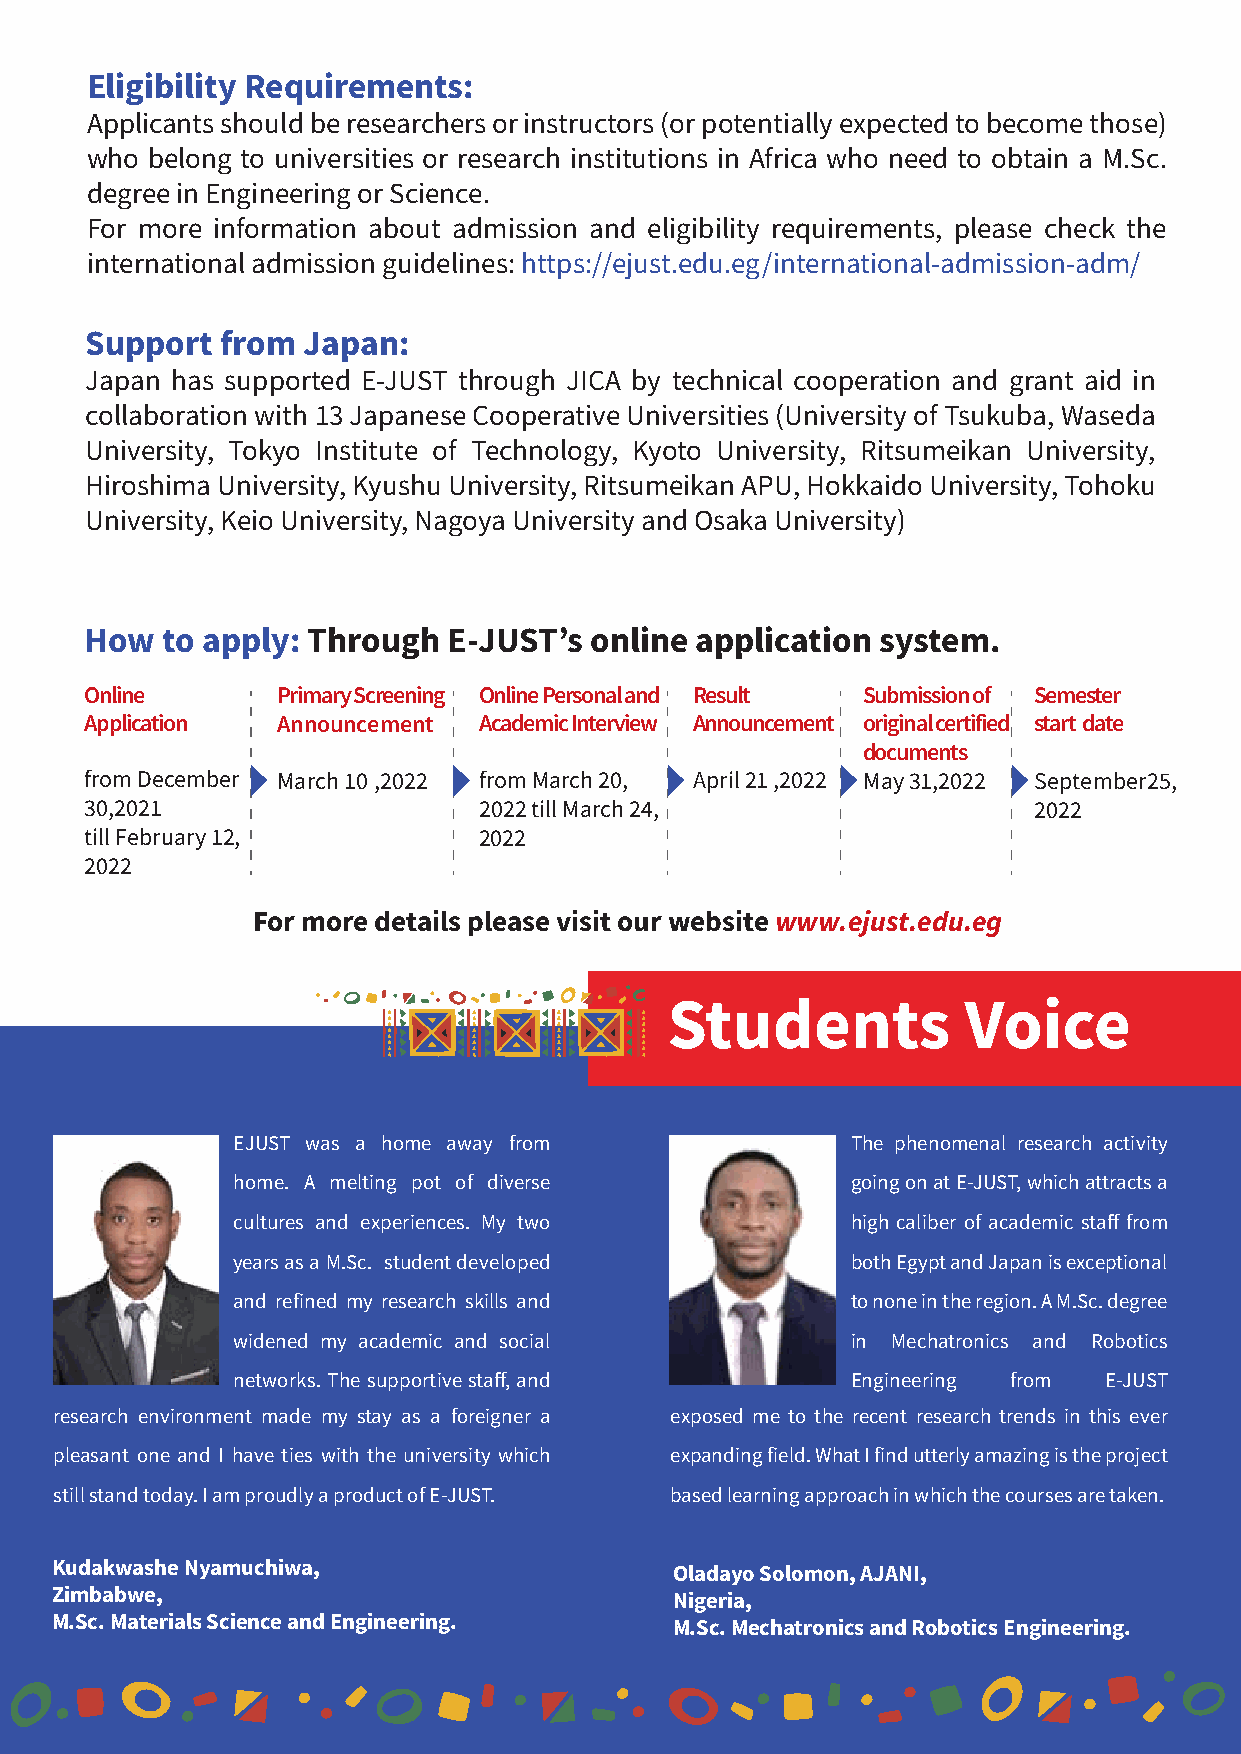
Eligibility Requirements:
 Applicants should be researchers or instructors (or potentially expected to become those)
 who belong to universities or research institutions in Africa who need to obtain a M.Sc.
 degree in Engineering or Science.
 For more information about admission and eligibility requirements, please check the
 international admission guidelines: https://ejust.edu.eg/international-admission-adm/
 Support  from Japan:
 Japan has supported E-JUST through JICA by technical cooperation and grant aid in
 collaboration with 13 Japanese Cooperative Universities (University of Tsukuba, Waseda
 University, Tokyo Institute of Technology, Kyoto University, Ritsumeikan University,
 Hiroshima University, Kyushu University, Ritsumeikan APU, Hokkaido University, Tohoku
 University, Keio University, Nagoya University and Osaka University)
 How  to apply: Through  E-JUST’s online application system.
 Online      Primary Screening Online Personal and Result Submission of Semester
 Application Announcement  Academic Interview Announcement original certified start date
 documents
 from December March 10 ,2022 from March 20, April 21 ,2022 May 31,2022 September25,
 30,2021                   2022 till March 24,                 2022
 till February 12,         2022
 2022
 For more details please visit our website www.ejust.edu.eg
 Students            Voice
 EJUST was a home away from               The phenomenal research activity
 home. A melting pot of diverse           going on at E-JUST, which attracts a
 cultures and experiences. My two         high caliber of academic staff from
 years as a M.Sc. student developed       both Egypt and Japan is exceptional
 and refined my research skills and       to none in the region. A M.Sc. degree
 widened my academic and social           in Mechatronics and Robotics
 networks. The supportive staff, and      Engineering from E-JUST
 research environment made my stay as a foreigner a exposed me to the recent research trends in this ever
 pleasant one and I have ties with the university which expanding field. What I find utterly amazing is the project
 still stand today. I am proudly a product of E-JUST. based learning approach in which the courses are taken.
 Kudakwashe Nyamuchiwa,                    Oladayo Solomon, AJANI,
 Zimbabwe,                                 Nigeria,
 M.Sc. Materials Science and Engineering.  M.Sc. Mechatronics and Robotics Engineering.